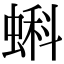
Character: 蝌